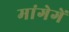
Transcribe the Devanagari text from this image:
मांगेगें